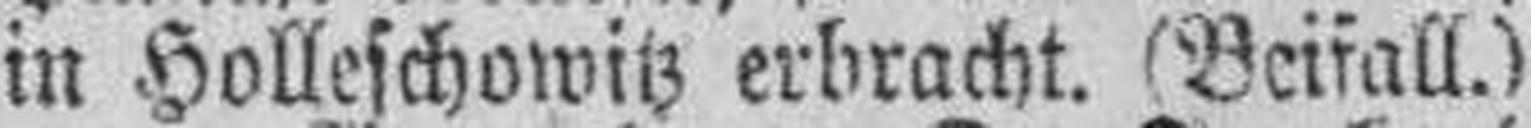
in Holleschowitz erbracht. (Beifall.)